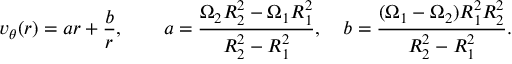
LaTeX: v _ { \theta } ( r ) = a r + { \frac { b } { r } } , \qquad a = { \frac { \Omega _ { 2 } R _ { 2 } ^ { 2 } - \Omega _ { 1 } R _ { 1 } ^ { 2 } } { R _ { 2 } ^ { 2 } - R _ { 1 } ^ { 2 } } } , \quad b = { \frac { ( \Omega _ { 1 } - \Omega _ { 2 } ) R _ { 1 } ^ { 2 } R _ { 2 } ^ { 2 } } { R _ { 2 } ^ { 2 } - R _ { 1 } ^ { 2 } } } .